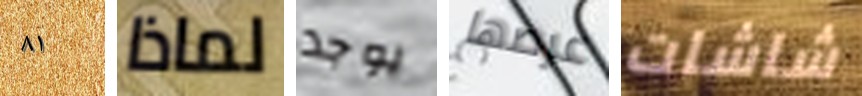
٨١ لماذا يوجد عرضها شاشات